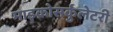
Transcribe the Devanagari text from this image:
माइक्रोसर्कुलेटरी